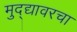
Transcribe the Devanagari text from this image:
मुद्द्यावरचा